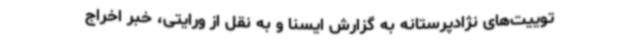
توییت‌های نژادپرستانه به گزارش ایسنا و به نقل از ورایتی، خبر اخراج